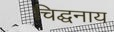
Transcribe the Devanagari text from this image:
चिद्घनाय